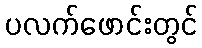
ပလက်ဖောင်းတွင်